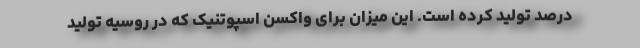
درصد تولید کرده است. این میزان برای واکسن اسپوتنیک که در روسیه تولید